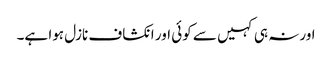
اورنہ ہی کہیں سے کوئی اور انکشاف نازل ہوا ہے۔